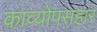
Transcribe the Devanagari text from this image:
काव्योपसंहार